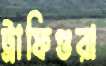
ট্রাফিগুরা